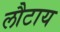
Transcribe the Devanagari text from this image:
लौटाय